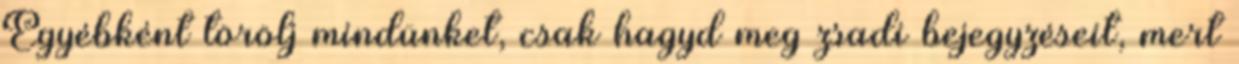
Egyébként törölj mindünket, csak hagyd meg zsadi bejegyzéseit, mert